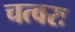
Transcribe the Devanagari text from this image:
चत्वरः